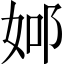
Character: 𨚴